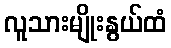
လူသားမျိုးနွယ်ထံ